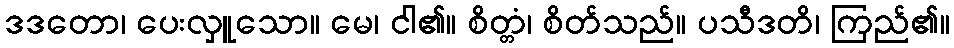
ဒဒတော၊ ပေးလှူသော။ မေ၊ ငါ၏။ စိတ္တံ၊ စိတ်သည်။ ပသီဒတိ၊ ကြည်၏။